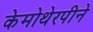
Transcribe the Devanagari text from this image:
केमोथेरपीने